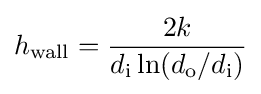
h_{\rm {wall}}={2k \over {d_{\rm {i}}\ln(d_{\rm {o}}/d_{\rm {i}})}}